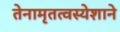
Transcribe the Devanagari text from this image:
तेनामृतत्वस्येशाने